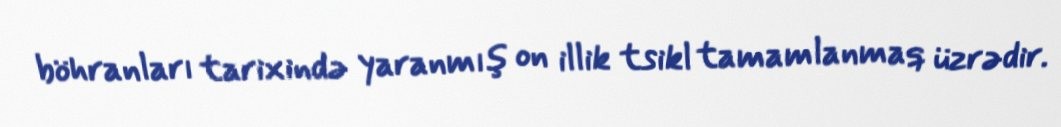
böhranları tarixində yaranmış on illik tsikl tamamlanmaq üzrədir.